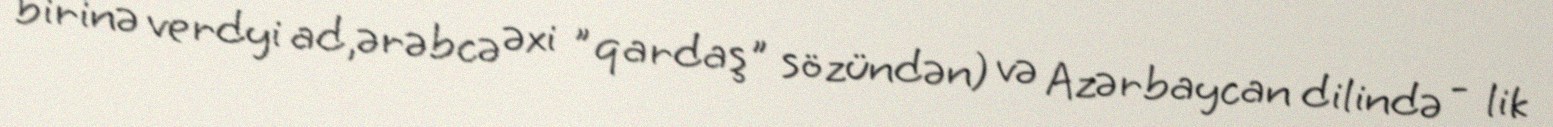
birinə verdyi ad,ərəbcə əxi "qardaş" sözündən) və Azərbaycan dilində - lik